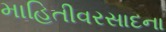
માહિતીવરસાદના